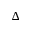
\Delta